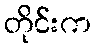
တိုင်းက